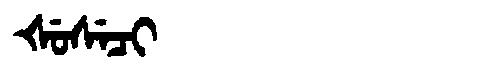
Manchu: ᡧᡠᠰᡝᠴᡳ
Romanization: ŠUSECI